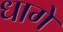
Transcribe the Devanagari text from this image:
धागें